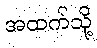
အထက်သို့